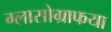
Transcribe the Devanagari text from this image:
ग्लासोग्राफया